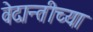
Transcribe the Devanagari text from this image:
वेदान्तीच्या